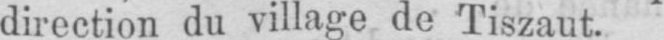
direction du village de Tiszaut.